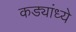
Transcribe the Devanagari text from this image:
कड्यांध्ये